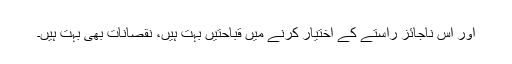
اور اس ناجائز راستے کے اختیار کرنے میں قباحتیں بہت ہیں، نقصانات بھی بہت ہیں۔